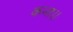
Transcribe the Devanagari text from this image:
कन्‍त।।